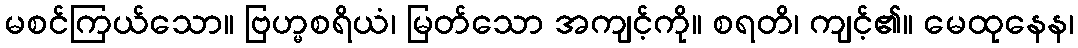
မစင်ကြယ်သော။ ဗြဟ္မစရိယံ၊ မြတ်သော အကျင့်ကို။ စရတိ၊ ကျင့်၏။ မေထုနေန၊